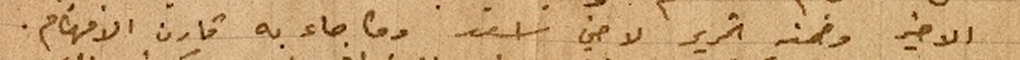
الاخير وضمنه تحرير لاخي اسعد وما جاء به قارن الافهام.